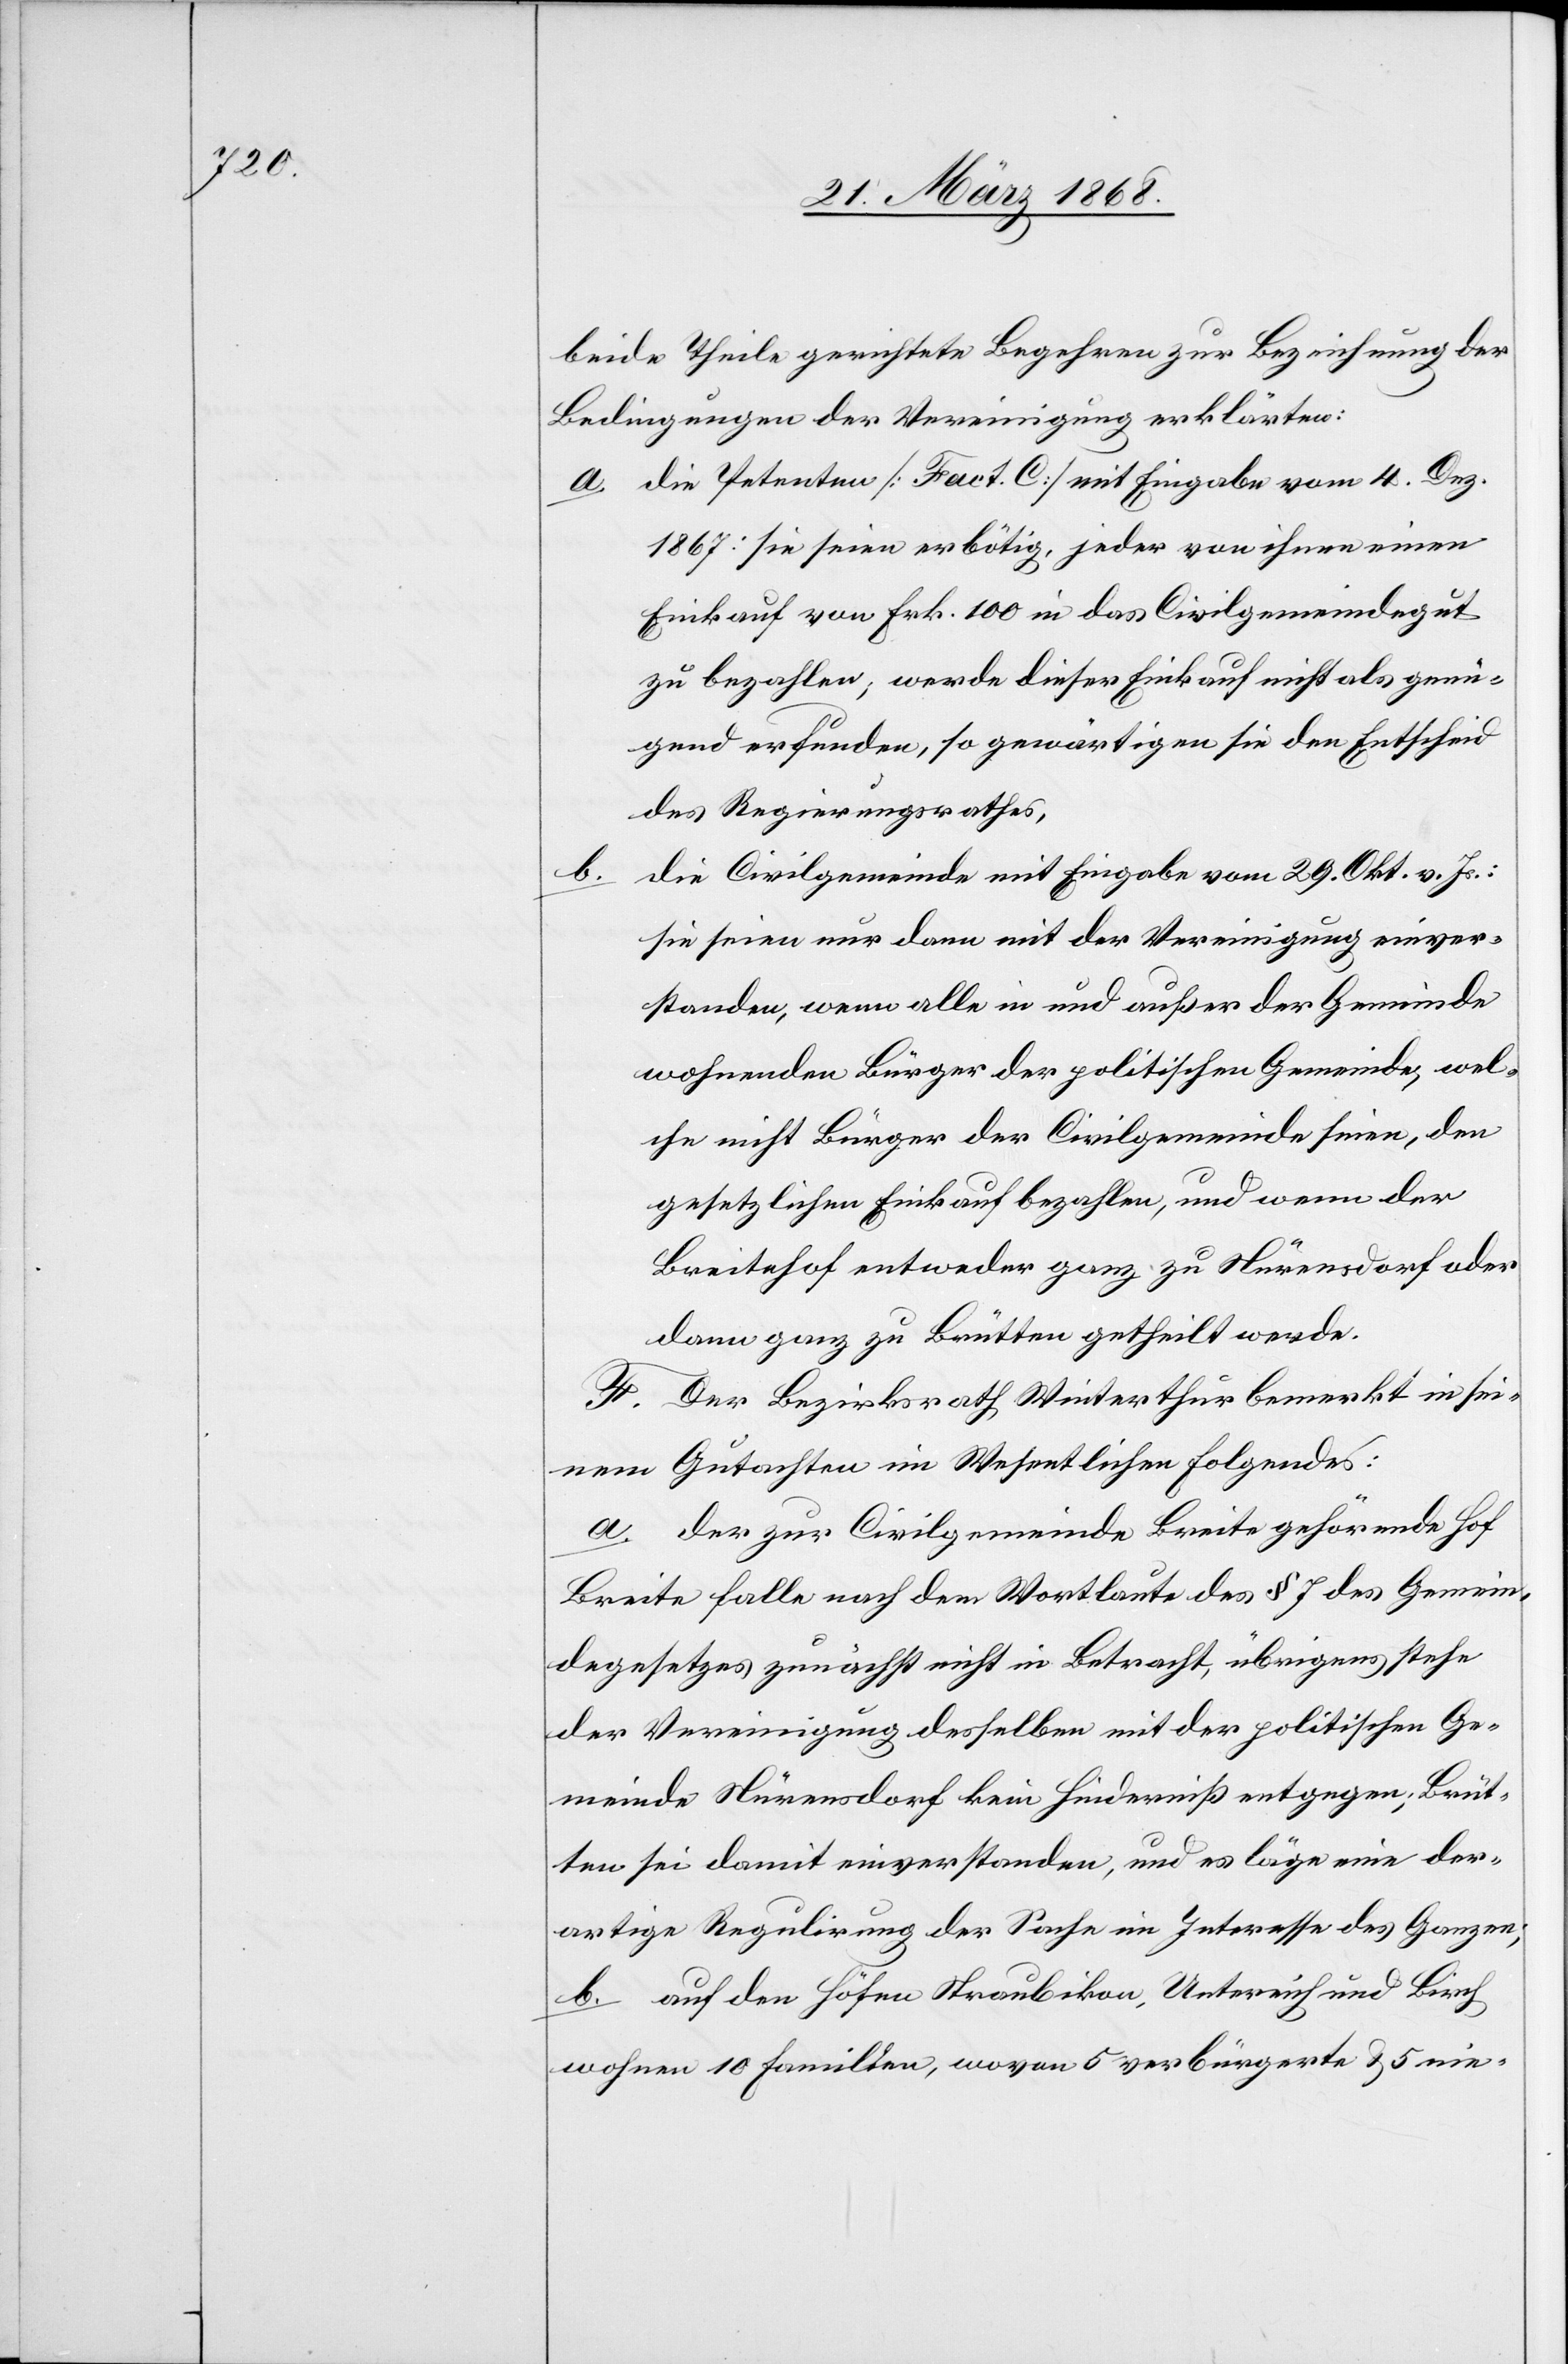
b.

beide Theile gerichtete Begehren zur Bezeichnung der
Bedingungen der Vereinigung erklärten:
die Petenten [Fact. C] mit Eingabe vom 4. Dez.
1867: sie seien erbötig, jeder von ihnen einen
Einkauf von Frk. 100 in das Civilgemeindegut
zu bezahlen; werde dieser Einkauf nicht als genü¬
gend erfunden, so gewärtigen sie den Entscheid
des Regierungsrathes,
die Civilgemeinde mit Eingabe vom 29. Okt. v. Js.:
sie seien nur dann mit der Vereinigung einver¬
standen, wenn alle in und außer der Gemeinde
wohnenden Bürger der politischen Gemeinde, wel¬
che nicht Bürger der Civilgemeinde seien, den
gesetzlichen Einkauf bezahlen, und wenn der
Breitehof entweder ganz zu Nürensdorf oder
dann ganz zu Brütten getheilt werde.
F. Der Bezirksrath Winterthur bemerkt in sei¬
nem Gutachten im Wesentlichen Folgendes:
a. der zur Civilgemeinde Breite gehörende Hof
Breite falle nach dem Wortlaute des § 7 des Gemein¬
degesetzes zunächst nicht in Betracht, übrigens stehe
der Vereinigung desselben mit der politischen Ge¬
meinde Nürensdorf kein Hinderniß entgegen; Brüt¬
ten sei damit einverstanden, und es läge eine der¬
artige Regulirung der Sache im Interesse des Ganzen;
b. auf den Höfen Straubikon, Untereich und Birch
wohnen 10 Familien, wovon 5 verbürgerte & 5 nie-